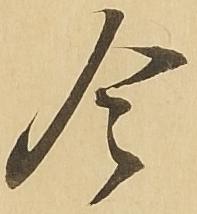
令